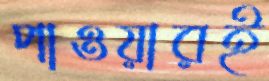
পাওয়ারই